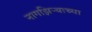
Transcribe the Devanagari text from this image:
नागझिऱ्याच्या